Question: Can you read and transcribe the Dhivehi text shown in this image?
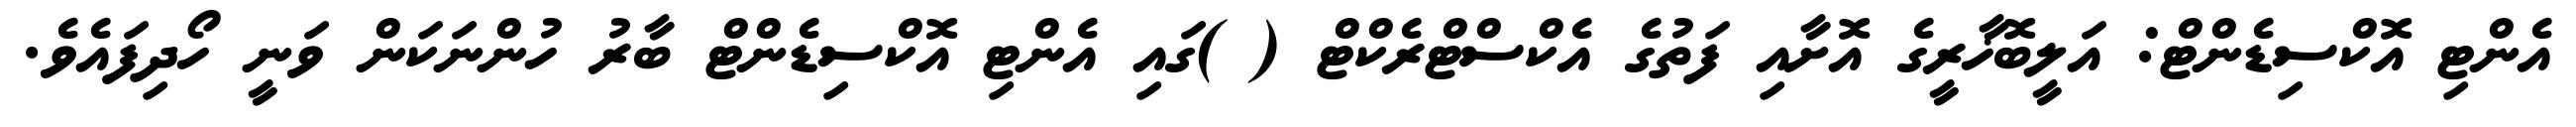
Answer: އެންޓި އޮކްސިޑެންޓް: އަލީބޮޚާރީގެ އޮށާއި ފަތުގެ އެކްސްޓްރެކްޓް ( )ގައި އެންޓި އޮކްސިޑެންޓް ބާރު ހުންނަކަން ވަނީ ހޯދިފައެވެ.